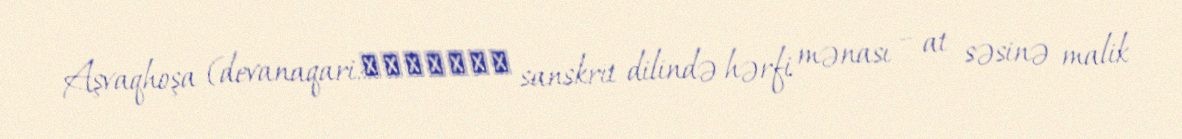
Aşvaqhoşa (devanaqari:अश्वघोष sanskrit dilində hərfi mənası – at səsinə malik